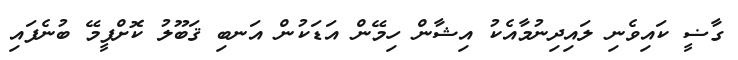
ގާޟީ ކައިވެނި ލައިދިނުމާއެކު އިޝާން ހިމޭން އަޑަކުން އަނބި ޤަބޫލު ކޮށްފީމޭ ބުނެފައި